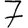
Digit: 7